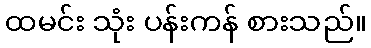
ထမင်း သုံး ပန်းကန် စားသည်။